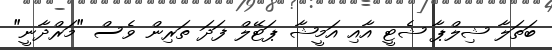
ބަތަލާ ޝިލްޕާ ޝެޓީ އާއި އަމީޝާ ޕަޓޭލް ފަދަ ތަރިން ވެސް "މަރްދާނީ"